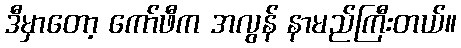
ဒီမှာတော့ ကော်ဖီက အလွန် နာမည်ကြီးတယ်။